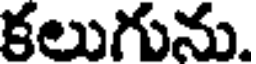
కలుగును.